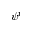
\psi ^ { t }